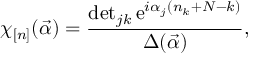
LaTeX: \chi _ { [ n ] } ( \vec { \alpha } ) = \frac { \operatorname * { d e t } _ { j k } \mathrm { e } ^ { i \alpha _ { j } ( n _ { k } + N - k ) } } { \Delta ( \vec { \alpha } ) } ,